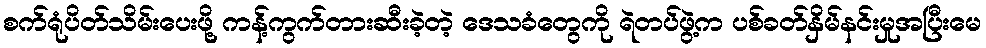
စက်ရုံပိတ်သိမ်းပေးဖို့ ကန့်ကွက်တားဆီးခဲ့တဲ့ ဒေသခံတွေကို ရဲတပ်ဖွဲ့က ပစ်ခတ်နှိမ်နင်းမှုအပြီးမေ